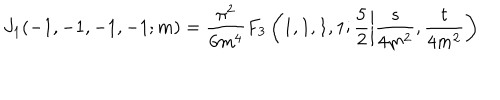
LaTeX: J _ { 1 } ( - 1 , - 1 , - 1 , - 1 ; m ) = \frac { \pi ^ { 2 } } { 6 m ^ { 4 } } F _ { 3 } \left( 1 , 1 , 1 , 1 ; \frac { 5 } { 2 } \left| \frac { s } { 4 m ^ { 2 } } , \frac { t } { 4 m ^ { 2 } } \right) \right.